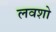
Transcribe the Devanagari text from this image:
लवशो